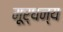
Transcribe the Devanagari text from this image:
मूर्धन्‍य